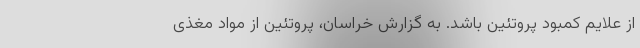
از علایم کمبود پروتئین باشد. به گزارش خراسان، پروتئین از مواد مغذی